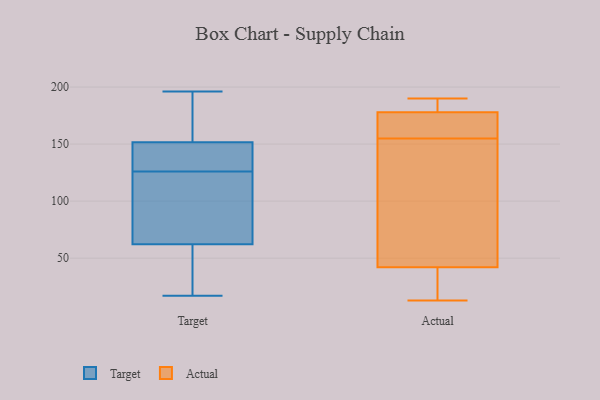
{"axis": {"x": "Net Income (USD K)", "y": "Value"}, "legend": ["Actual", "Target"], "data": [{"x": "", "y": 160, "type": "Target"}, {"x": "", "y": 128, "type": "Target"}, {"x": "", "y": 150, "type": "Target"}, {"x": "", "y": 126, "type": "Target"}, {"x": "", "y": 55, "type": "Target"}, {"x": "", "y": 196, "type": "Target"}, {"x": "", "y": 94, "type": "Target"}, {"x": "", "y": 84, "type": "Target"}, {"x": "", "y": 17, "type": "Target"}, {"x": "", "y": 152, "type": "Target"}, {"x": "", "y": 38, "type": "Target"}, {"x": "", "y": 25, "type": "Actual"}, {"x": "", "y": 176, "type": "Actual"}, {"x": "", "y": 28, "type": "Actual"}, {"x": "", "y": 190, "type": "Actual"}, {"x": "", "y": 42, "type": "Actual"}, {"x": "", "y": 166, "type": "Actual"}, {"x": "", "y": 13, "type": "Actual"}, {"x": "", "y": 188, "type": "Actual"}, {"x": "", "y": 188, "type": "Actual"}, {"x": "", "y": 91, "type": "Actual"}, {"x": "", "y": 155, "type": "Actual"}, {"x": "", "y": 178, "type": "Actual"}, {"x": "", "y": 155, "type": "Actual"}, {"x": "", "y": 102, "type": "Actual"}, {"x": "", "y": 127, "type": "Actual"}, {"x": "", "y": 169, "type": "Actual"}, {"x": "", "y": 19, "type": "Actual"}, {"x": "", "y": 189, "type": "Actual"}]}